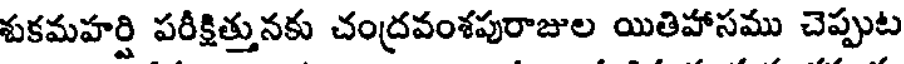
శుకమహర్షి పరీక్షిత్తునకు చంద్రవంశపురాజుల యితిహాసము చెప్పుట